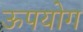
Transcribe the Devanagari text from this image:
ऊपयोग